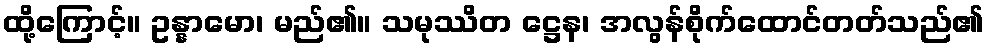
ထို့ကြောင့်။ ဥန္နာမော၊ မည်၏။ သမုဿိတ ဋ္ဌေန၊ အလွန်စိုက်ထောင်တတ်သည်၏